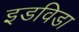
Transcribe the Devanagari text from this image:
इडविडा